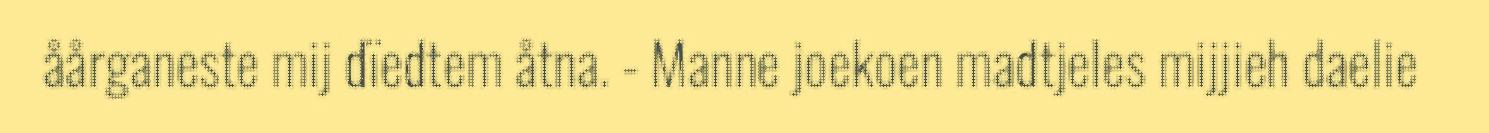
åårganeste mij dïedtem åtna. - Manne joekoen madtjeles mijjieh daelie